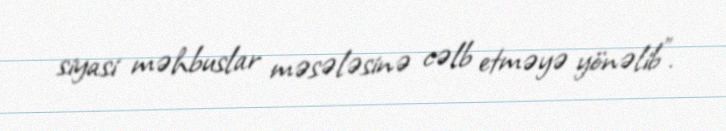
siyasi məhbuslar məsələsinə cəlb etməyə yönəlib”.